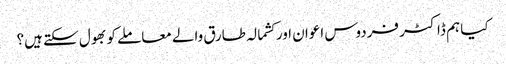
کیا ہم ڈاکٹر فردوس اعوان اور کشمالہ طارق والے معاملے کو بھول سکتے ہیں؟